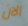
الان